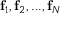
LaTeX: \mathbf { f } _ { 1 } , \mathbf { f } _ { 2 } , . . . , \mathbf { f } _ { N }